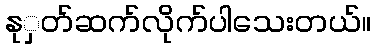
နုှတ်ဆက်လိုက်ပါသေးတယ်။